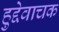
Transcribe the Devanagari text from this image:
हुद्देवाचक